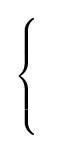
{\begin{cases}\\\\\\\end{cases}}